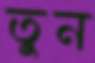
তুন